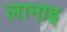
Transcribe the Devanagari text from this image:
लानाइ